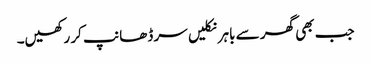
جب بھی گھر سے باہر نکلیں سر ڈھانپ کر رکھیں۔